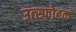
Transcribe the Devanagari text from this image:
उत्स्फोटक